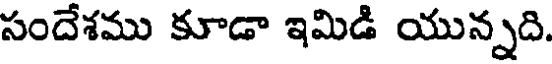
సందేశము కూడా ఇమిడి యున్నది.